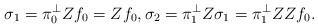
\begin{align*}\sigma_1 = \pi_0^\perp Zf_0 = Zf_0,\sigma_2 = \pi_1^\perp Z\sigma_1=\pi_1^\perp ZZf_0.\end{align*}